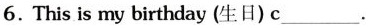
6. This is my birthday (生日) c___.